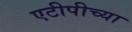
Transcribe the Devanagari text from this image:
एटीपीच्या